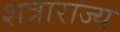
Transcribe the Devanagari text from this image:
शत्राराज्य